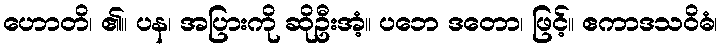
ဟောတိ၊ ၏။ ပန၊ အပြားကို ဆိုဦးအံ့။ ပဘေ ဒတော၊ ဖြင့်။ ဧကာဒသဝိဓံ၊